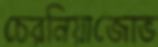
চেরনিয়াজোভ